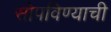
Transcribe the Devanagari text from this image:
सोपविण्याची